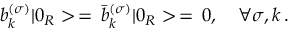
b _ { k } ^ { ( \sigma ) } | 0 _ { R } > \, = \, \bar { b } _ { k } ^ { ( \sigma ) } | 0 _ { R } > \, = \, 0 , \quad \forall \sigma , k \, { . }